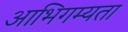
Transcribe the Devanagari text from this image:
आभिगम्यता